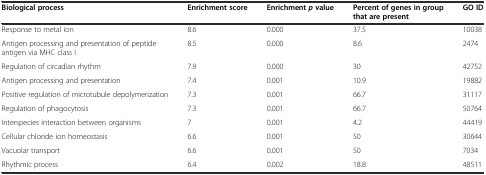
| Biological process | Enrichment score | Enrichmentpvalue | Percent of genes in group that are present | GO ID |
 | --- | --- | --- | --- | --- |
 | Response to metal ion | 8.6 | 0.000 | 37.5 | 10038 |
 | Antigen processing and presentation of peptide antigen via MHC class I | 8.5 | 0.000 | 8.6 | 2474 |
 | Regulation of circadian rhythm | 7.9 | 0.000 | 30 | 42752 |
 | Antigen processing and presentation | 7.4 | 0.001 | 10.9 | 19882 |
 | Positive regulation of microtubule depolymerization | 7.3 | 0.001 | 66.7 | 31117 |
 | Regulation of phagocytosis | 7.3 | 0.001 | 66.7 | 50764 |
 | Interspecies interaction between organisms | 7 | 0.001 | 4.2 | 44419 |
 | Cellular chloride ion homeostasis | 6.6 | 0.001 | 50 | 30644 |
 | Vacuolar transport | 6.6 | 0.001 | 50 | 7034 |
 | Rhythmic process | 6.4 | 0.002 | 18.8 | 48511 |